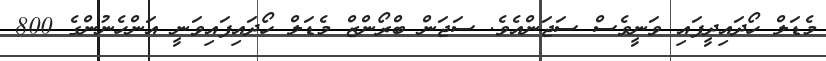
މެޑަލް ހޯދައިދީފައި ވަނީވެސް ސަޖަންއެވެ. ސަޖަން ބްރޯންޒް މެޑަލް ހޯދައިފައިވަނީ އަންހެނުންގެ 800